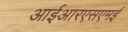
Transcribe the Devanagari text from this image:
आईआरएसएमई